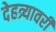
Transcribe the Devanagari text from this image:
देहत्र्यावरीं